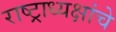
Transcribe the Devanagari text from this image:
राष्‍ट्राध्‍यक्षांचे